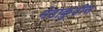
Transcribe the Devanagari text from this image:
मेटाकुटीस